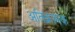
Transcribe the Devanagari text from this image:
अतिक्रामक